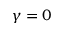
\gamma = 0